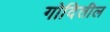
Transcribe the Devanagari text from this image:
गोदितील